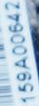
159A00642